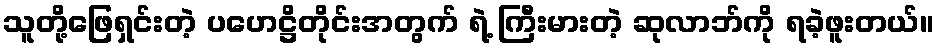
သူတို့ဖြေရှင်းတဲ့ ပဟေဋ္ဌိတိုင်းအတွက် ရဲ့ ကြီးမားတဲ့ ဆုလာဘ်ကို ရခဲ့ဖူးတယ်။